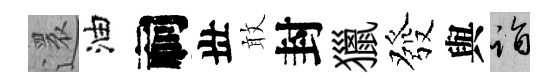
還油祠丗敢封獵發與诣